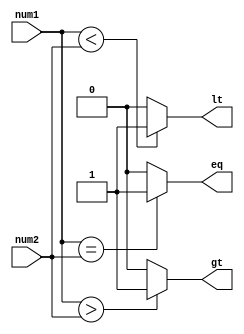
module signed_magnitude_comparator(
    input [7:0] num1,
    input [7:0] num2,
    output eq,
    output gt,
    output lt
);

assign eq = (num1 == num2) ? 1'b1 : 1'b0;
assign gt = (num1 > num2) ? 1'b1 : 1'b0;
assign lt = (num1 < num2) ? 1'b1 : 1'b0;

endmodule